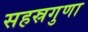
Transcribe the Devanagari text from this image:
सहस्रगुणा